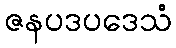
ဇနပဒပဒေသံ